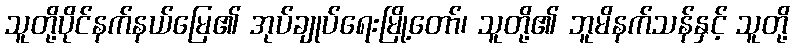
သူတို့ပိုင်နက်နယ်မြေ၏ အုပ်ချုပ်ရေးမြို့တော်၊ သူတို့၏ ဘူမိနက်သန်နှင့် သူတို့